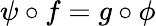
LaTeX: \psi\circ f=g\circ\phi